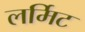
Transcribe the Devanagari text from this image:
लर्मिट